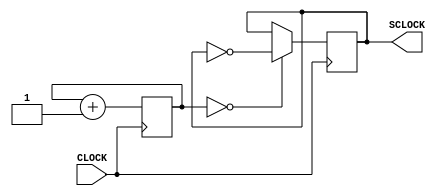
`timescale 1ns / 1ps
//////////////////////////////////////////////////////////////////////////////////
// Company: 
// Engineer: 
// 
// Design Name: 
// Module Name: clk12hz
// Project Name: 
// Target Devices: 
// Tool Versions: 
// Description: 
// 
// Dependencies: 
// 
// Revision:
// Revision 0.01 - File Created
// Additional Comments:
// 
//////////////////////////////////////////////////////////////////////////////////


module clk8hz(input CLOCK, output reg SCLOCK = 0);  
    
    reg  [22:0] COUNT = 23'b0;
    //reg COUNT = 0;
    always @ (posedge CLOCK) begin  
        COUNT <= COUNT + 1;    
        SCLOCK <= (COUNT == 23'b0) ? ~SCLOCK : SCLOCK;
    end 


endmodule